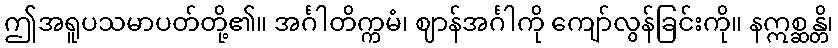
ဤအရူပသမာပတ်တို့၏။ အင်္ဂါတိက္ကမံ၊ ဈာန်အင်္ဂါကို ကျော်လွန်ခြင်းကို။ နဣစ္ဆန္တိ၊